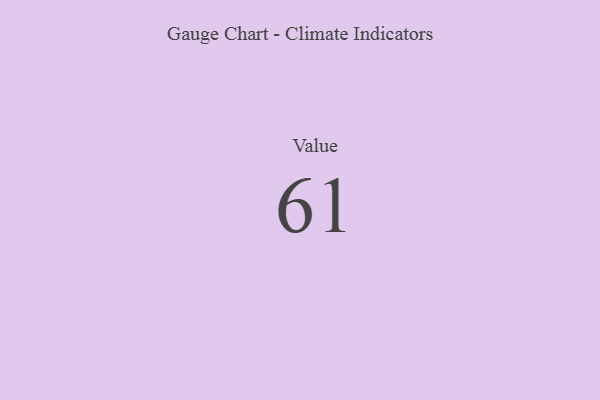
{"axis": {"x": "Metric", "y": "Value"}, "legend": [""], "data": [{"x": "Value", "y": 61, "type": ""}]}